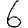
Digit: 6